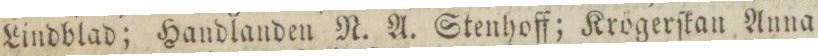
Lindblad; Handlanden N. A. Stenhoff; Krögerſkan Anna